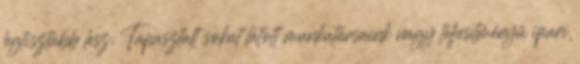
legtisztább lesz. Tapasztalt sokat látott munkatársaink nagy teljesítményű ipari